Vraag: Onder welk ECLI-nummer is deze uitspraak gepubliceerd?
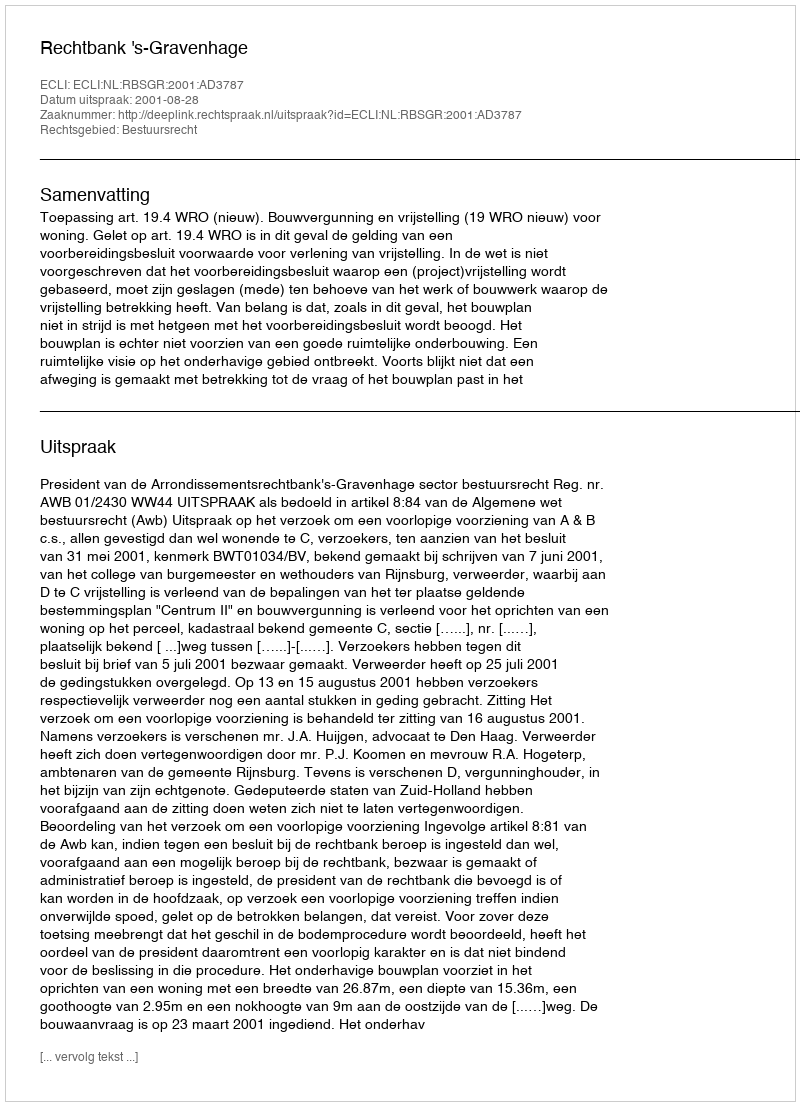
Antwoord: ECLI:NL:RBSGR:2001:AD3787